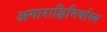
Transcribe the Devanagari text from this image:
अगाराद्विनिर्वास्य